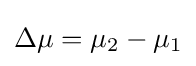
\Delta \mu =\mu _{2}-\mu _{1}